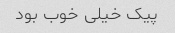
پیک خیلی خوب بود